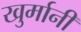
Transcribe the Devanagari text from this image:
खुर्मानी